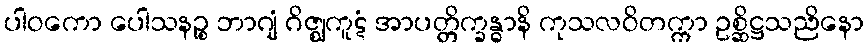
ပါဝကော ပေါသနဉ္စ ဘာဂျံ ဂိဇ္ဈကူဋံ အာပတ္တိက္ခန္ဓာနိ ကုသလဝိတက္ကာ ဥစ္ဆိဋ္ဌသညိနော